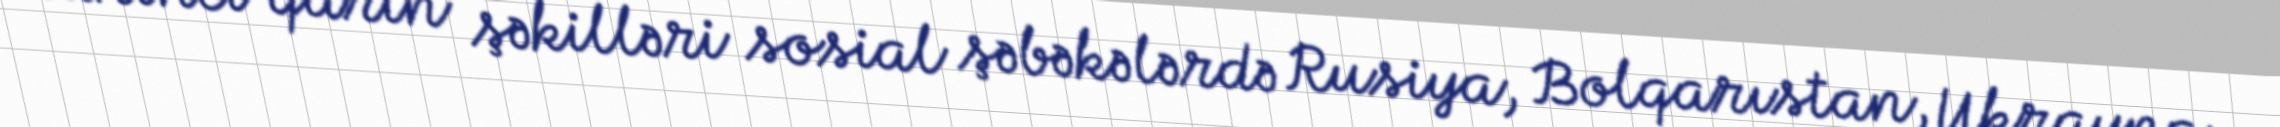
Narıncı qarın şəkilləri sosial şəbəkələrdə Rusiya, Bolqarıstan, Ukrayna,